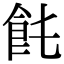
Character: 𩚊